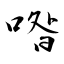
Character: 喒